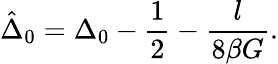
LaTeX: \hat{\Delta}_{0}=\Delta_{0}-\frac{1}{2}-\frac{l}{8\beta G}.